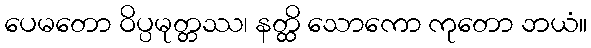
ပေမတော ဝိပ္ပမုတ္တဿ၊ နတ္ထိ သောကော ကုတော ဘယံ။